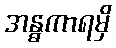
အန္ဓကာရမှိ